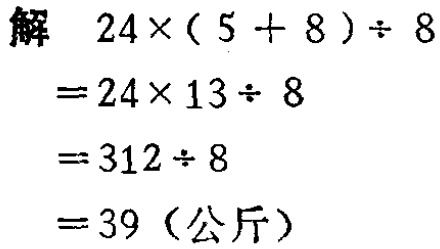
解
\[
\begin{align*}
&24\times(5 + 8)\div 8\\
=&24\times13\div 8\\
=&312\div 8\\
=&39（公斤）
\end{align*}
\]